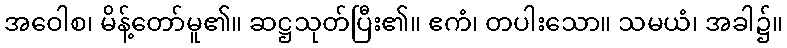
အဝေါစ၊ မိန့်တော်မူ၏။ ဆဋ္ဌသုတ်ပြီး၏။ ဧကံ၊ တပါးသော။ သမယံ၊ အခါ၌။